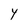
Character: Y